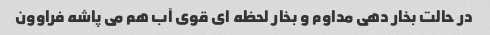
در حالت بخار دهی مداوم و بخار لحظه ای قوی آب هم می پاشه فراوون